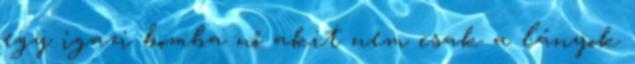
egy igazi bomba nő akit nem csak a lányok